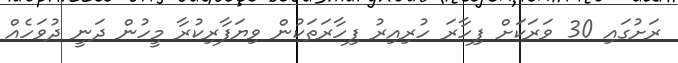
ރަށުގައި 30 ވަރަކަށް ފިހާރަ ހުރިއިރު ފިހާރަތަކުން ވިޔަފާރިކުރާ މީހުން ދަނީ ދުވަހެއް